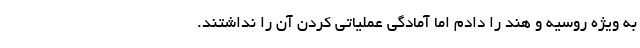
به ویژه روسیه و هند را دادم اما آمادگی عملیاتی کردن آن را نداشتند.